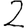
Digit: 2